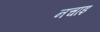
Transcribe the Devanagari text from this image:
नचाइ